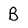
Character: B